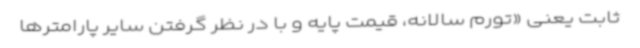
ثابت یعنی «تورم سالانه، قیمت پایه و با در نظر گرفتن سایر پارامترها